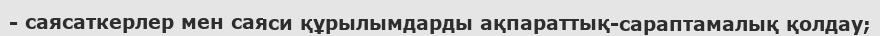
- саясаткерлер мен саяси құрылымдарды ақпараттық-сараптамалық қолдау;